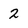
Character: 2